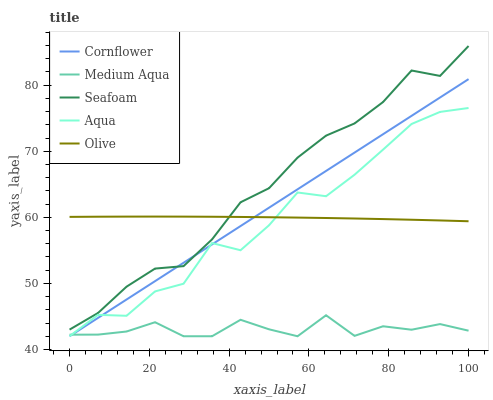
| xaxis_label | Cornflower | Medium Aqua | Seafoam | Aqua | Olive |
 | --- | --- | --- | --- | --- | --- |
 | 0 | 42 | 42.2 | 43 | 42 | 60.1 |
 | 7.14 | 44.8 | 42.2 | 45.5 | 45.2 | 60.1 |
 | 14.3 | 47.6 | 42.7 | 49.5 | 45.1 | 60.1 |
 | 21.4 | 50.3 | 44.1 | 52.2 | 48.8 | 60.1 |
 | 28.6 | 53.1 | 42 | 52.6 | 50 | 60.1 |
 | 35.7 | 55.9 | 42 | 56.7 | 56.1 | 60.1 |
 | 42.9 | 58.7 | 44.5 | 62.3 | 55 | 60.1 |
 | 50 | 61.5 | 43.1 | 64.4 | 58.8 | 60 |
 | 57.1 | 64.2 | 42 | 69 | 63.8 | 60 |
 | 64.3 | 67 | 45.2 | 72.4 | 63.2 | 59.9 |
 | 71.4 | 69.8 | 42.1 | 74.2 | 66.4 | 59.8 |
 | 78.6 | 72.6 | 43.5 | 77.5 | 70.2 | 59.7 |
 | 85.7 | 75.4 | 43 | 82.2 | 74.1 | 59.6 |
 | 92.9 | 78.1 | 43.8 | 81.4 | 76 | 59.5 |
 | 100 | 80.9 | 42.8 | 85.9 | 76.5 | 59.4 |